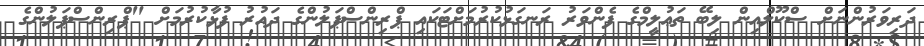
ދަރިވަރުންނަށް ސްކޫލްއިން ލިބޭ ތަޢުލީމްގެ ފެންވަރު ރަނގަޅުކުރުމަށްޓަކައި ޕްރިންސްޕަލުންގެ ދައުރު ފުޅާކުރުމަށް "ޕްރިންސްޕަލުންގެ